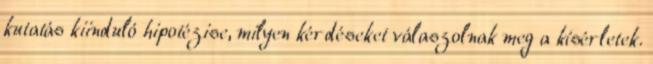
kutatás kiinduló hipotézise, milyen kérdéseket válaszolnak meg a kísérletek.